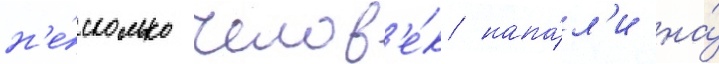
н'е́сколько челов'е́к напа́л'и на́